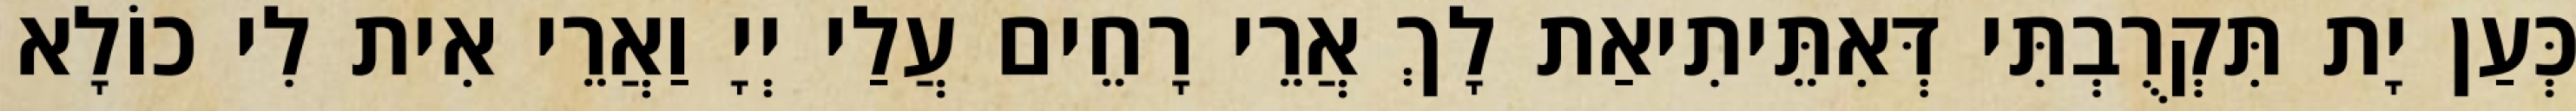
כְּעַן יָת תִּקְרֻבְתִּי דְּאִתֵּיתִיאַת לָךְ אֲרֵי רָחֵים עֲלַי יְיָ וַאֲרֵי אִית לִי כוֹלָא